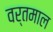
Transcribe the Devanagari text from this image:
वर्तमाल